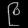
Digit: ၉